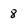
Character: 8